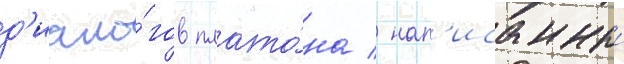
д'иало́гов плато́на / нап'исанныи